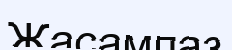
Жасампаз